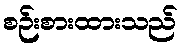
စဉ်းစားထားသည်